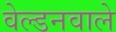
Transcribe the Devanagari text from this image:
वेल्डनवाले